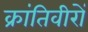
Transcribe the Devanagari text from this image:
क्रांतिवीरों